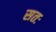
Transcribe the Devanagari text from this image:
सतः